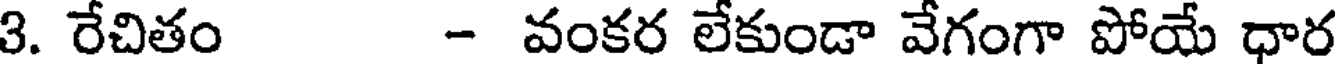
3. రేచితం - వంకర లేకుండా వేగంగా పోయే ధార